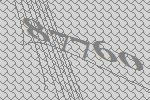
87760